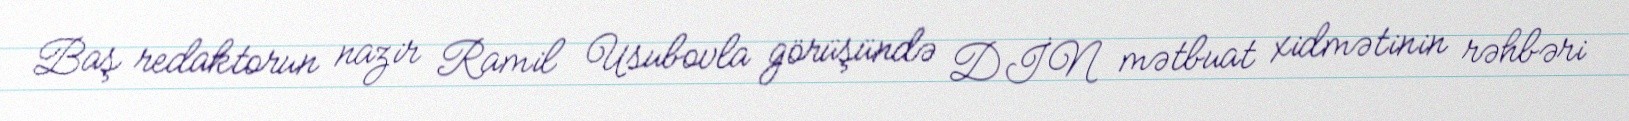
Baş redaktorun nazir Ramil Usubovla görüşündə DİN mətbuat xidmətinin rəhbəri